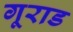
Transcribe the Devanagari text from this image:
गूराड